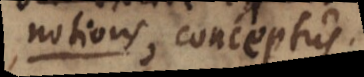
notions, conceptus.